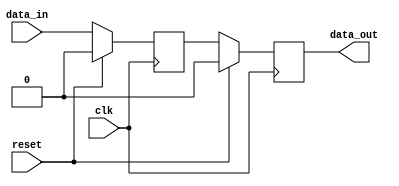
module synchronous_logic (
    input wire clk,
    input wire reset,
    input wire data_in,
    output reg data_out
);

reg [7:0] internal_reg;

always @(posedge clk) begin
    if (reset) begin
        internal_reg <= 8'h00; // Reset internal register
        data_out <= 1'b0; // Reset output signal
    end else begin
        internal_reg <= data_in; // Update internal register with input data
        data_out <= internal_reg[0]; // Assign output signal
    end
end

endmodule